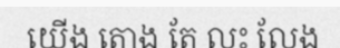
យើង តោង តែ លះ លែង